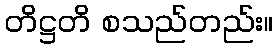
တိဋ္ဌတိ စသည်တည်း။